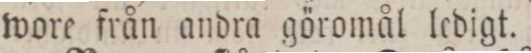
wore från andra göromål ledigt.